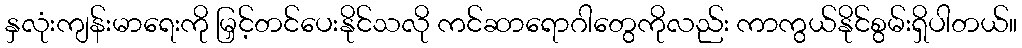
နှလုံးကျန်းမာရေးကို မြှင့်တင်ပေးနိုင်သလို ကင်ဆာရောဂါတွေကိုလည်း ကာကွယ်နိုင်စွမ်းရှိပါတယ်။